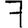
Digit: 7